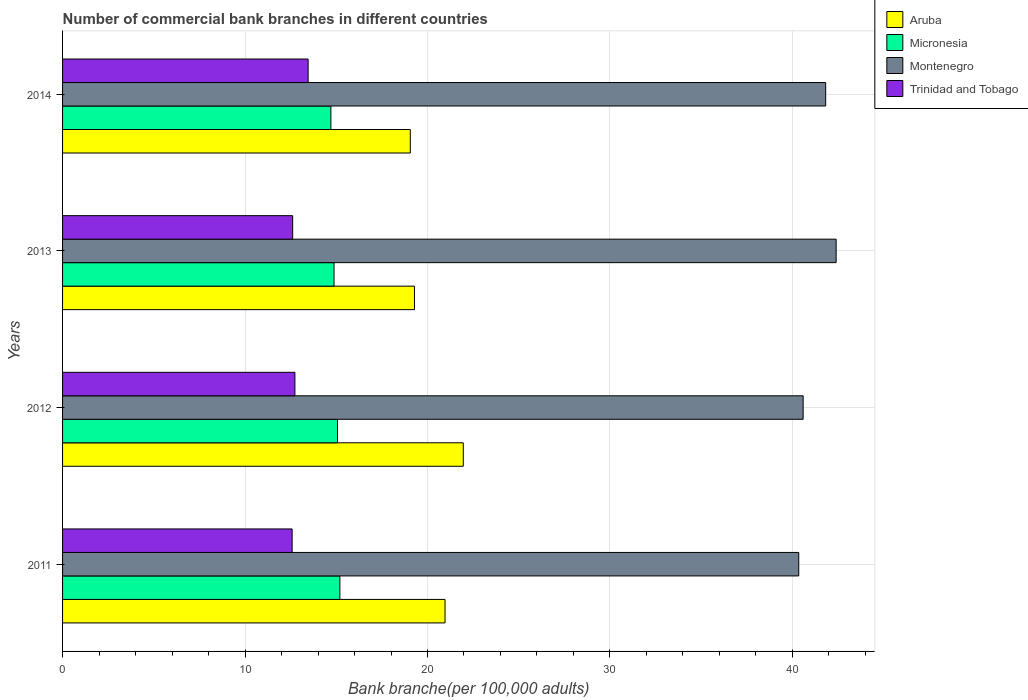
| Years | Aruba | Micronesia | Montenegro | Trinidad and Tobago |
 | --- | --- | --- | --- | --- |
 | 2011 | 21 | 15.2 | 40.3 | 12.6 |
 | 2012 | 22 | 15.1 | 40.6 | 12.7 |
 | 2013 | 19.3 | 14.9 | 42.4 | 12.6 |
 | 2014 | 19.1 | 14.7 | 41.8 | 13.5 |